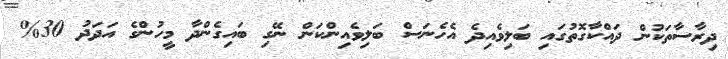
ދިރާސާތަކުން ދައްކާގޮތުގައި ބަލިވެއިދެ އެހެނަސް ބަލިވެއިންކަން ނޭގި ބައިގެންދާ މީހުންގެ އަދަދު 30%